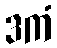
ဒကံ